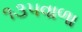
૧૩૫વાળા